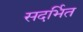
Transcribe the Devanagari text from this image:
सदर्भित